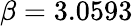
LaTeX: \beta=3.0593